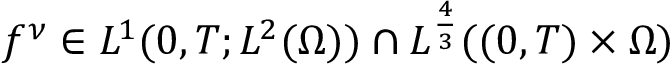
f ^ { \nu } \in L ^ { 1 } ( 0 , T ; L ^ { 2 } ( \Omega ) ) \cap L ^ { \frac 4 3 } ( ( 0 , T ) \times \Omega )